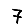
Digit: 7